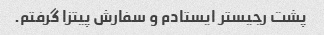
پشت رجیستر ایستادم و سفارش پیتزا گرفتم.